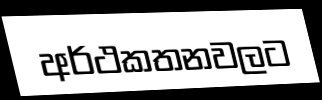
අර්ථකතනවලට